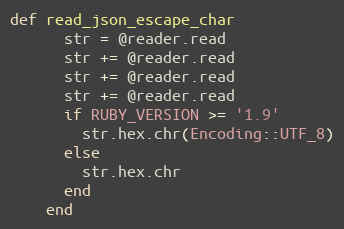
Language: Ruby
def read_json_escape_char
      str = @reader.read
      str += @reader.read
      str += @reader.read
      str += @reader.read
      if RUBY_VERSION >= '1.9'
        str.hex.chr(Encoding::UTF_8)
      else
        str.hex.chr
      end
    end